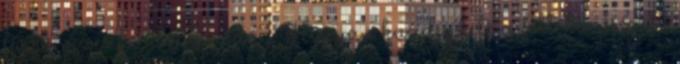
forró vizes fürdőben, vagy Hogyan küzdjük le a féltékenységet?